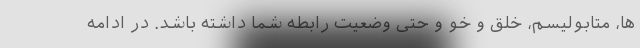
ها، متابولیسم، خلق و خو و حتی وضعیت رابطه شما داشته باشد. در ادامه